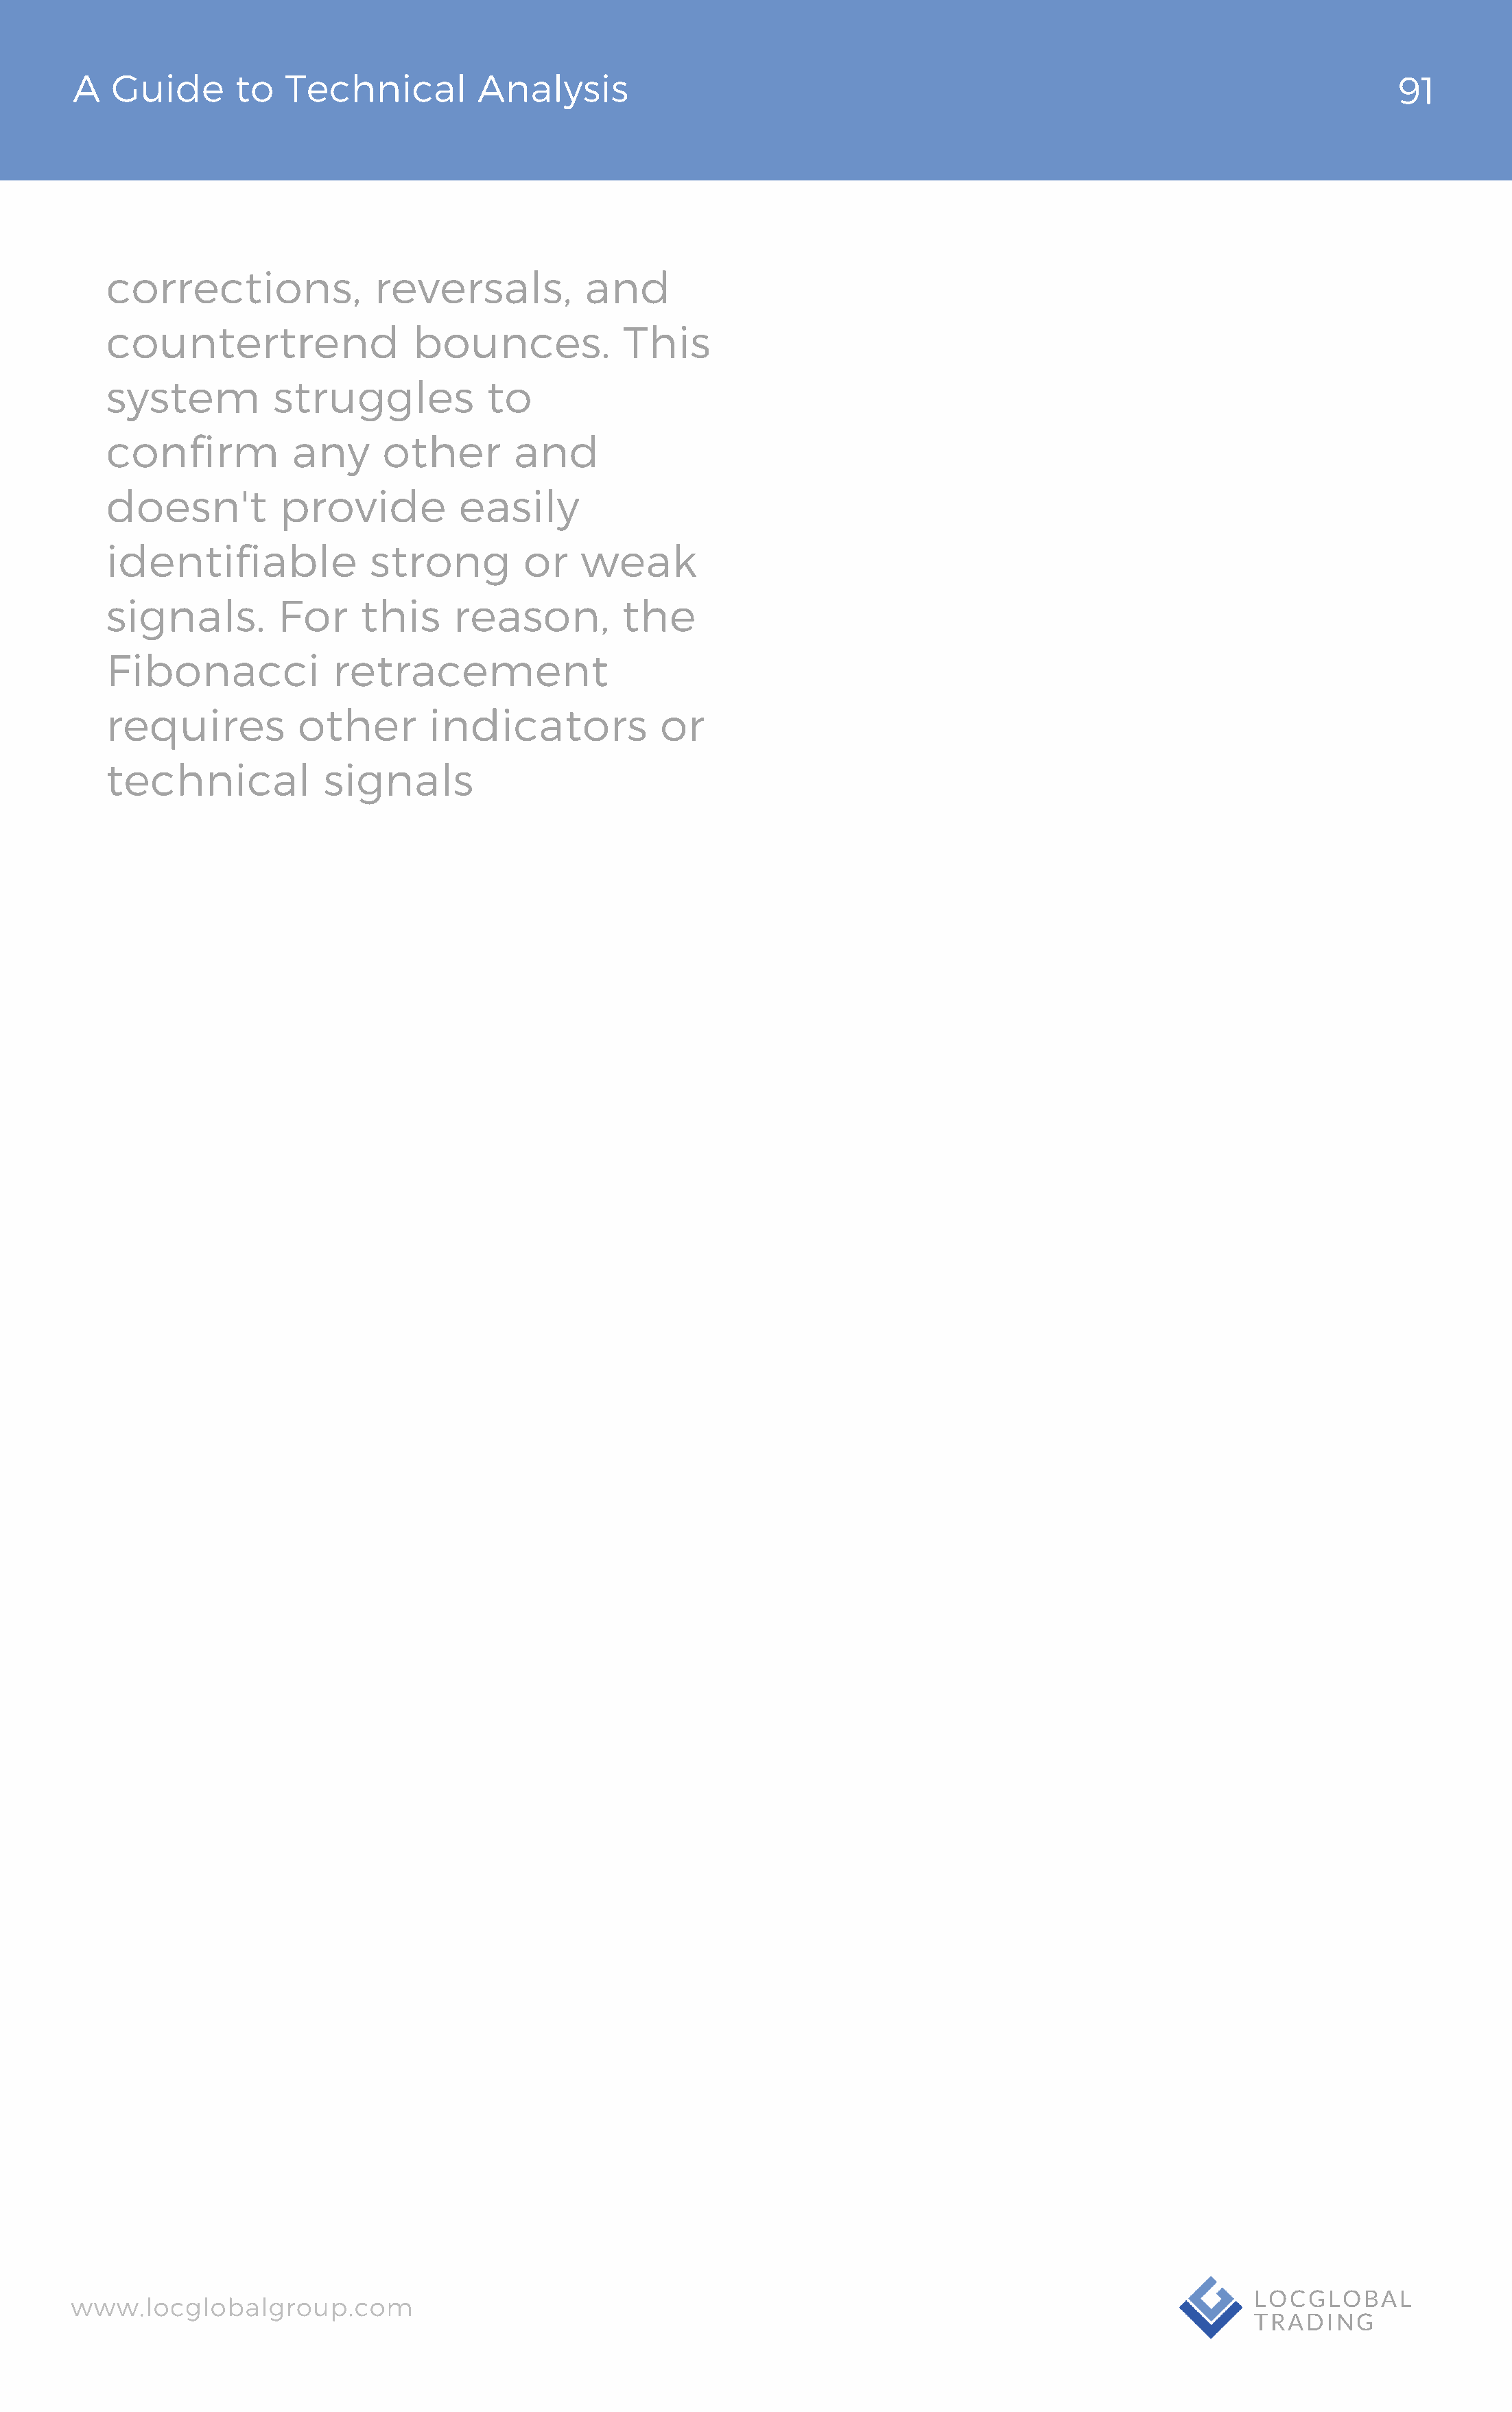
A   Guide       to  Technical          Analysis                                                                                 91
 corrections,              reversals,          and
 countertrend                  bounces.            This
 system          struggles            to
 confirm           any      other        and
 doesn't          provide          easily
 identifiable              strong         or   weak
 signals.         For     this     reason,         the
 Fibonacci             retracement
 requires           other       indicators             or
 technical            signals
 www.locglobalgroup.com                                                                                            LOCGLOBAL
 TRADING